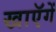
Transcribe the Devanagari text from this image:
खाएॅगें